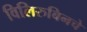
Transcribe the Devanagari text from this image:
विलिरुबिनचे